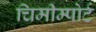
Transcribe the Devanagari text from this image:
चिमीम्पोर्ट